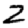
Digit: 2